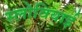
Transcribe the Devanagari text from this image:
स्लोवियाई